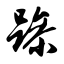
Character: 躁